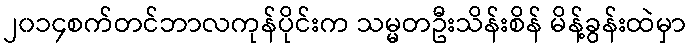
၂၀၁၄စက်တင်ဘာလကုန်ပိုင်းက သမ္မတဦးသိန်းစိန် မိန့်ခွန်းထဲမှာ